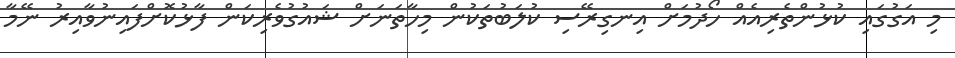
މި އަގުގައި ކުޅުންތެރިއެއް ހޯދުމަށް އިނގިރޭސި ކުލަބުތަކުން މިހާތަނަށް ޝައުގުވެރިކަން ފާޅުކޮށްފައިނުވާއިރު ނޭމާ